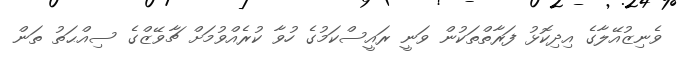
ވެނިޒުއޭލާގެ އިދިކޮޅު ފަރާތްތަކުން ވަނީ ރައީސްކަމުގެ ހުވާ ކުރެއްވުމަށް ޗާވޭޒްގެ ސިއްޙަތު ތަން